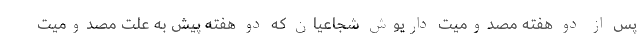
پس از دو هفته مصدومیت داریوش شجاعیان که دو هفته پیش به علت مصدومیت